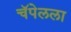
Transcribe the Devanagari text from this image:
चॅपेलला